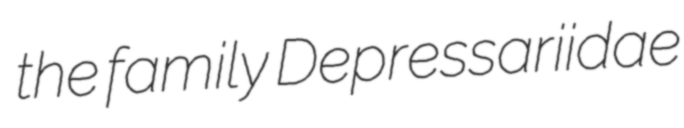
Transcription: the family Depressariidae